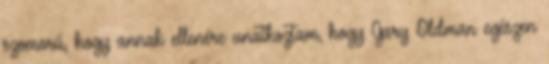
szomorú, hogy annak ellenére unatkoztam, hogy Gary Oldman egészen